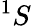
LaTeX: ^{1}S